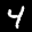
Label: 4